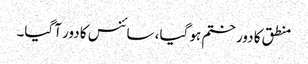
منطق کا دور ختم ہو گیا، سائنس کا دور آگیا۔